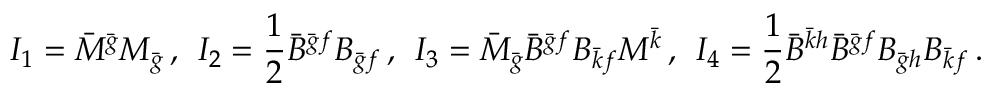
I _ { 1 } = \bar { M } ^ { \bar { g } } M _ { \bar { g } } \, , \; \, I _ { 2 } = \frac 1 2 \bar { B } ^ { \bar { g } f } B _ { \bar { g } f } \, , \; \, I _ { 3 } = \bar { M } _ { \bar { g } } \bar { B } ^ { \bar { g } f } B _ { \bar { k } f } M ^ { \bar { k } } \, , \; \, I _ { 4 } = \frac 1 2 \bar { B } ^ { \bar { k } h } \bar { B } ^ { \bar { g } f } B _ { \bar { g } h } B _ { \bar { k } f } \, .